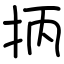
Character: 抦